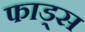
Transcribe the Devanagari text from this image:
फाड्स